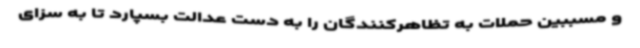
و مسببین حملات به تظاهرکنندگان را به دست عدالت بسپارد تا به سزای